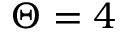
\Theta = 4